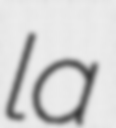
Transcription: la